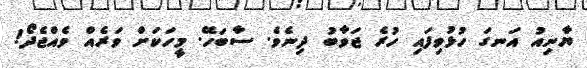
ޔާނިއު އަނގަ ހުޅުވިފައި ހުރެ ޖަވާބު ދިނެވެ. ސާބަހޭ. މީހަކަށް ވަރެއް ވެއްޖެދޯ!